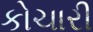
કોચારી